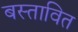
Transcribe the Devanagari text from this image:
बस्तावित